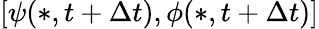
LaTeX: \left[\psi(*,t+\Delta{t}),\phi(*,t+\Delta{t})\right]